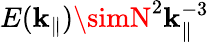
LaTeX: E(\mathbf{k}_{\parallel})\simN^{2}\mathbf{k}_{\parallel}^{-3}